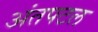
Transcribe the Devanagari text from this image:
अंतपटल